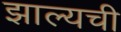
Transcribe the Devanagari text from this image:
झाल्यची